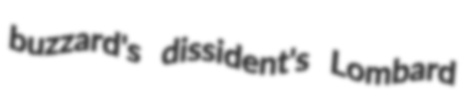
buzzard's dissident's Lombard